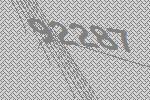
92287